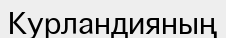
Курландияның